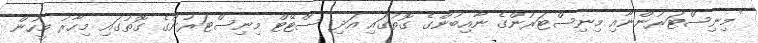
"މިނިސްޓަރުންނާއި މިނިސްޓަރުންގެ ނާއިބުންގެ ގޮތުގައި އަދި ސްޓޭޓް މިނިސްޓަރުންގެ ގޮތުގައި މިހާރު މީހުން